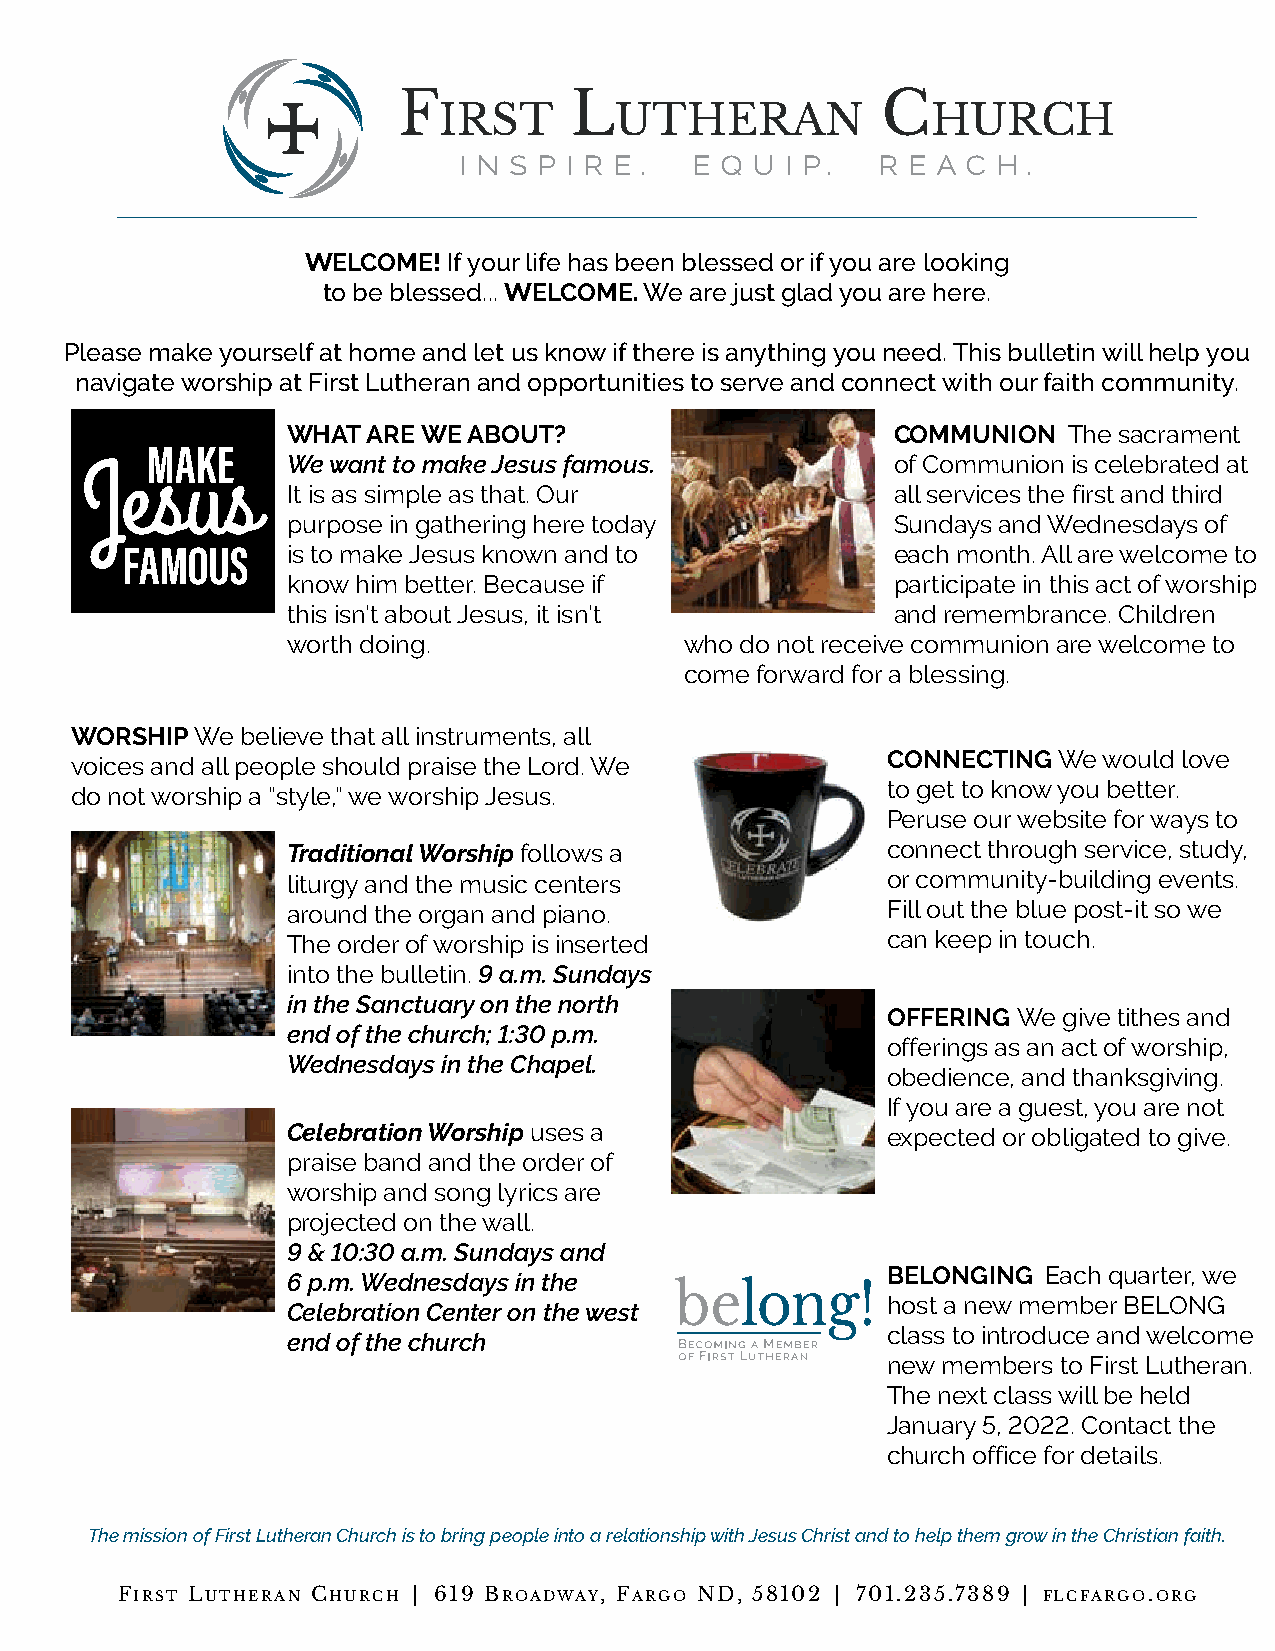
F           L                   C
 IRST        UTHERAN              HURCH
 I N S P I R E . E Q U I P.  R E A C H .
 WELCOME!  If your life has been blessed or if you are looking
 to be blessed... WELCOME. We are just glad you are here.
 Please make yourself at home and let us know if there is anything you need. This bulletin will help you
 navigate worship at First Lutheran and opportunities to serve and connect with our faith community.
 WHAT ARE WE ABOUT?                      COMMUNION   The sacrament
 MAKE
 We want to make Jesus famous.           of Communion is celebrated at
 Jesus
 It is as simple as that. Our            all services the first and third
 purpose in gathering here today         Sundays and Wednesdays of
 FAMOUS     is to make Jesus known and to           each month. All are welcome to
 know him better. Because if             participate in this act of worship
 this isn’t about Jesus, it isn’t        and remembrance. Children
 worth doing.              who do not receive communion are welcome to
 come forward for a blessing.
 WORSHIP We believe that all instruments, all
 CONNECTING We would love
 voices and all people should praise the Lord. We
 to get to know you better.
 do not worship a “style,” we worship Jesus.
 Peruse our website for ways to
 Traditional Worship follows a           connect through service, study,
 liturgy and the music centers           or community-building events.
 around the organ and piano.             Fill out the blue post-it so we
 The order of worship is inserted        can keep in touch.
 into the bulletin. 9 a.m. Sundays
 in the Sanctuary on the north
 OFFERING We give tithes and
 end of the church; 1:30 p.m.
 offerings as an act of worship,
 Wednesdays in the Chapel.
 obedience, and thanksgiving.
 If you are a guest, you are not
 Celebration Worship uses a              expected or obligated to give.
 praise band and the order of
 worship and song lyrics are
 projected on the wall.
 9 & 10:30 a.m. Sundays and
 BELONGING Each quarter, we
 6 p.m. Wednesdays in the
 host a new member BELONG
 Celebration Center on the west
 class to introduce and welcome
 end of the church
 new members to First Lutheran.
 The next class will be held
 January 5, 2022. Contact the
 church office for details.
 The mission of First Lutheran Church is to bring people into a relationship with Jesus Christ and to help them grow in the Christian faith.
 First Lutheran ChurCh | 619 Broadway, Fargo nd, 58102 | 701.235.7389 | FLCFargo.org